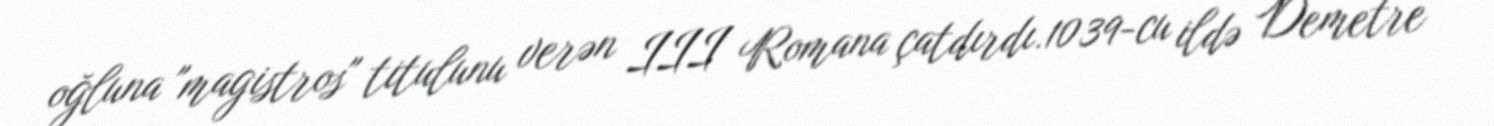
oğluna "magistros" titulunu verən III Romana çatdırdı.1039-cu ildə Demetre